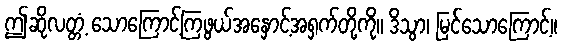
ဤဆိုလတ္တံ့ သောကြောင့်ကြဖွယ်အနှောင့်အရှက်တို့ကို။ ဒိသွာ၊ မြင်သောကြောင့်။